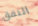
النفق